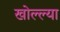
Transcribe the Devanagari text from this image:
खोल्ल्या